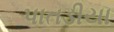
પાતડીયા